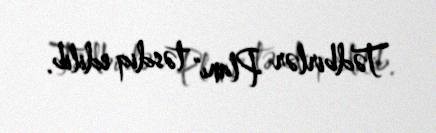
Tədbirlər Planı" təsdiq edilib.